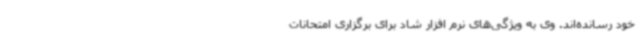
خود رسانده‌اند. وی به ویژگی‌های نرم افزار شاد برای برگزاری امتحانات